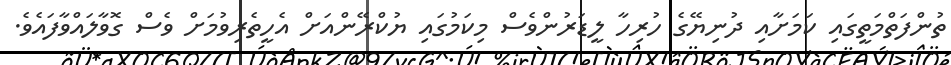
ތުންފަތްމަތީގައި ކަމަށާއި ދުނިޔޭގެ ހުރިހާ ލީޑަރުންވެސް މިކަމުގައި ޔުކްރޭންއަށް އެހީތެރިވުމަށް ވެސް ގޮވާލައްވާފައެވެ.